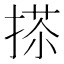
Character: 𢰀